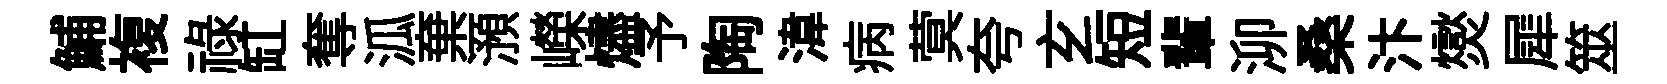
鯆複祿缸奪泒棄澦嶸燼予陶湋病蓂夸𤣥短輩泖桑汴爕犀筮